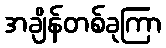
အချိန်တစ်ခုကြာ